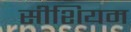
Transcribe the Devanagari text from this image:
सीशियम